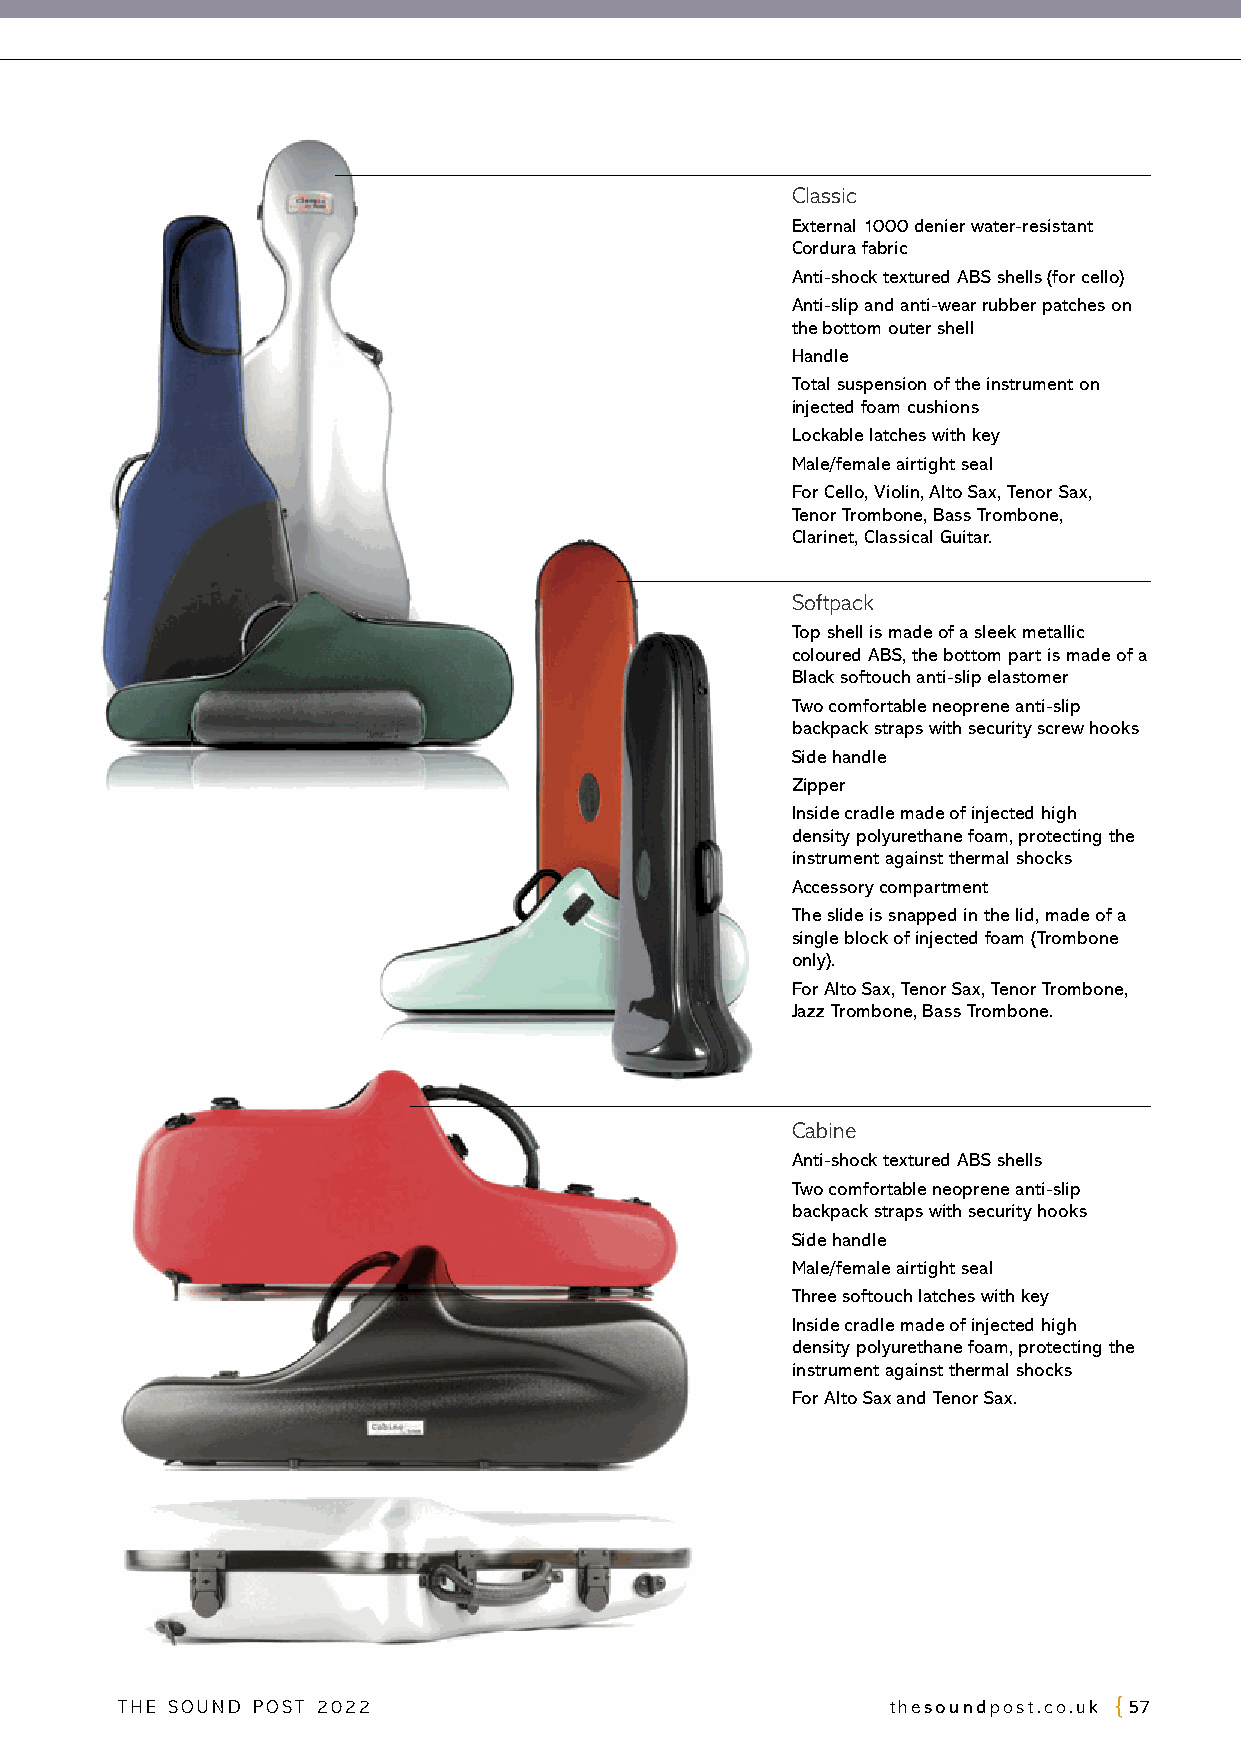
Classic
 External 1000 denier water-resistant
 Cordura fabric
 Anti-shock textured ABS shells (for cello)
 Anti-slip and anti-wear rubber patches on
 the bottom outer shell
 Handle
 Total suspension of the instrument on
 injected foam cushions
 Lockable latches with key
 Male/female airtight seal
 For Cello, Violin, Alto Sax, Tenor Sax,
 Tenor Trombone, Bass Trombone,
 Clarinet, Classical Guitar.
 Softpack
 Top shell is made of a sleek metallic
 coloured ABS, the bottom part is made of a
 Black softouch anti-slip elastomer
 Two comfortable neoprene anti-slip
 backpack straps with security screw hooks
 Side handle
 Zipper
 Inside cradle made of injected high
 density polyurethane foam, protecting the
 instrument against thermal shocks
 Accessory compartment
 The slide is snapped in the lid, made of a
 single block of injected foam (Trombone
 only).
 For Alto Sax, Tenor Sax, Tenor Trombone,
 Jazz Trombone, Bass Trombone.
 Cabine
 Anti-shock textured ABS shells
 Two comfortable neoprene anti-slip
 backpack straps with security hooks
 Side handle
 Male/female airtight seal
 Three softouch latches with key
 Inside cradle made of injected high
 density polyurethane foam, protecting the
 instrument against thermal shocks
 For Alto Sax and Tenor Sax.
 THE SOUND POST 2022                                thesoundpost.co.uk 57